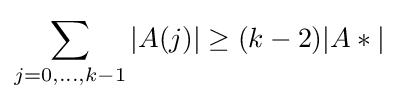
\sum _{j=0,\ldots ,k-1}{|A(j)|}\geq (k-2)|A*|